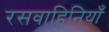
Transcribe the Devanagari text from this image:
रसवाहिनियाँ